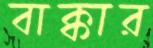
বাক্কার